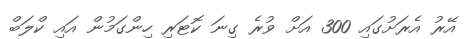
އޭރު އެރަށުގައި 300 އަށް ވުރެ ގިނަ ކޮޓަރި ހިންގަމުން އައި ކްލަބް